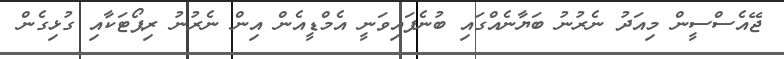
ޖޭއެސްސީން މިއަދު ނެރުނު ބަޔާނެއްގައި ބުނެފައިވަނީ އެމްޑީއެން އިން ނެރުނު ރިޕޯޓަކާއި ގުޅިގެން